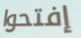
إفتحوا